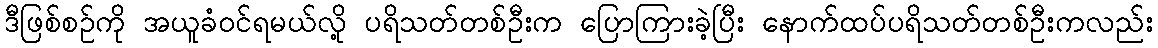
ဒီဖြစ်စဉ်ကို အယူခံဝင်ရမယ်လို့ ပရိသတ်တစ်ဦးက ပြောကြားခဲ့ပြီး နောက်ထပ်ပရိသတ်တစ်ဦးကလည်း